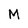
Character: M